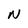
Character: N